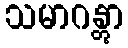
သမာဂန္တွာ